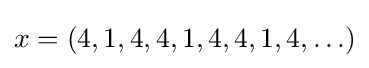
x=(4,1,4,4,1,4,4,1,4,\ldots )